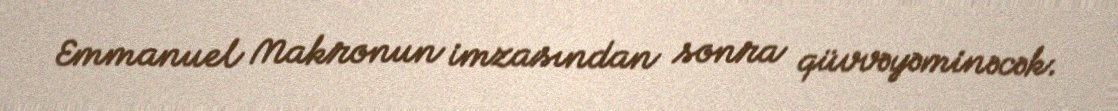
Emmanuel Makronun imzasından sonra qüvvəyəminəcək.